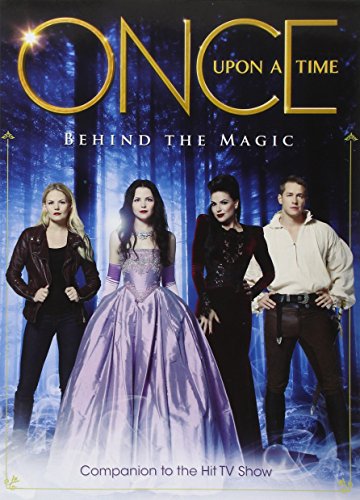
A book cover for Once Upon a Time - Behind the Magic; Titan Comics; Humor & Entertainment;